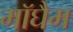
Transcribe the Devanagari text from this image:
मॉघैम